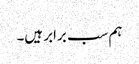
ہم سب برابر ہیں۔